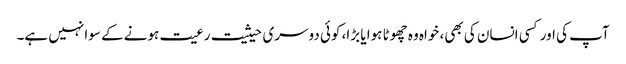
آپ کی اور کسی انسان کی بھی، خواہ وہ چھوٹا ہوا یا بڑا، کوئی دوسری حیثیت رعیت ہونے کے سوا نہیں ہے۔